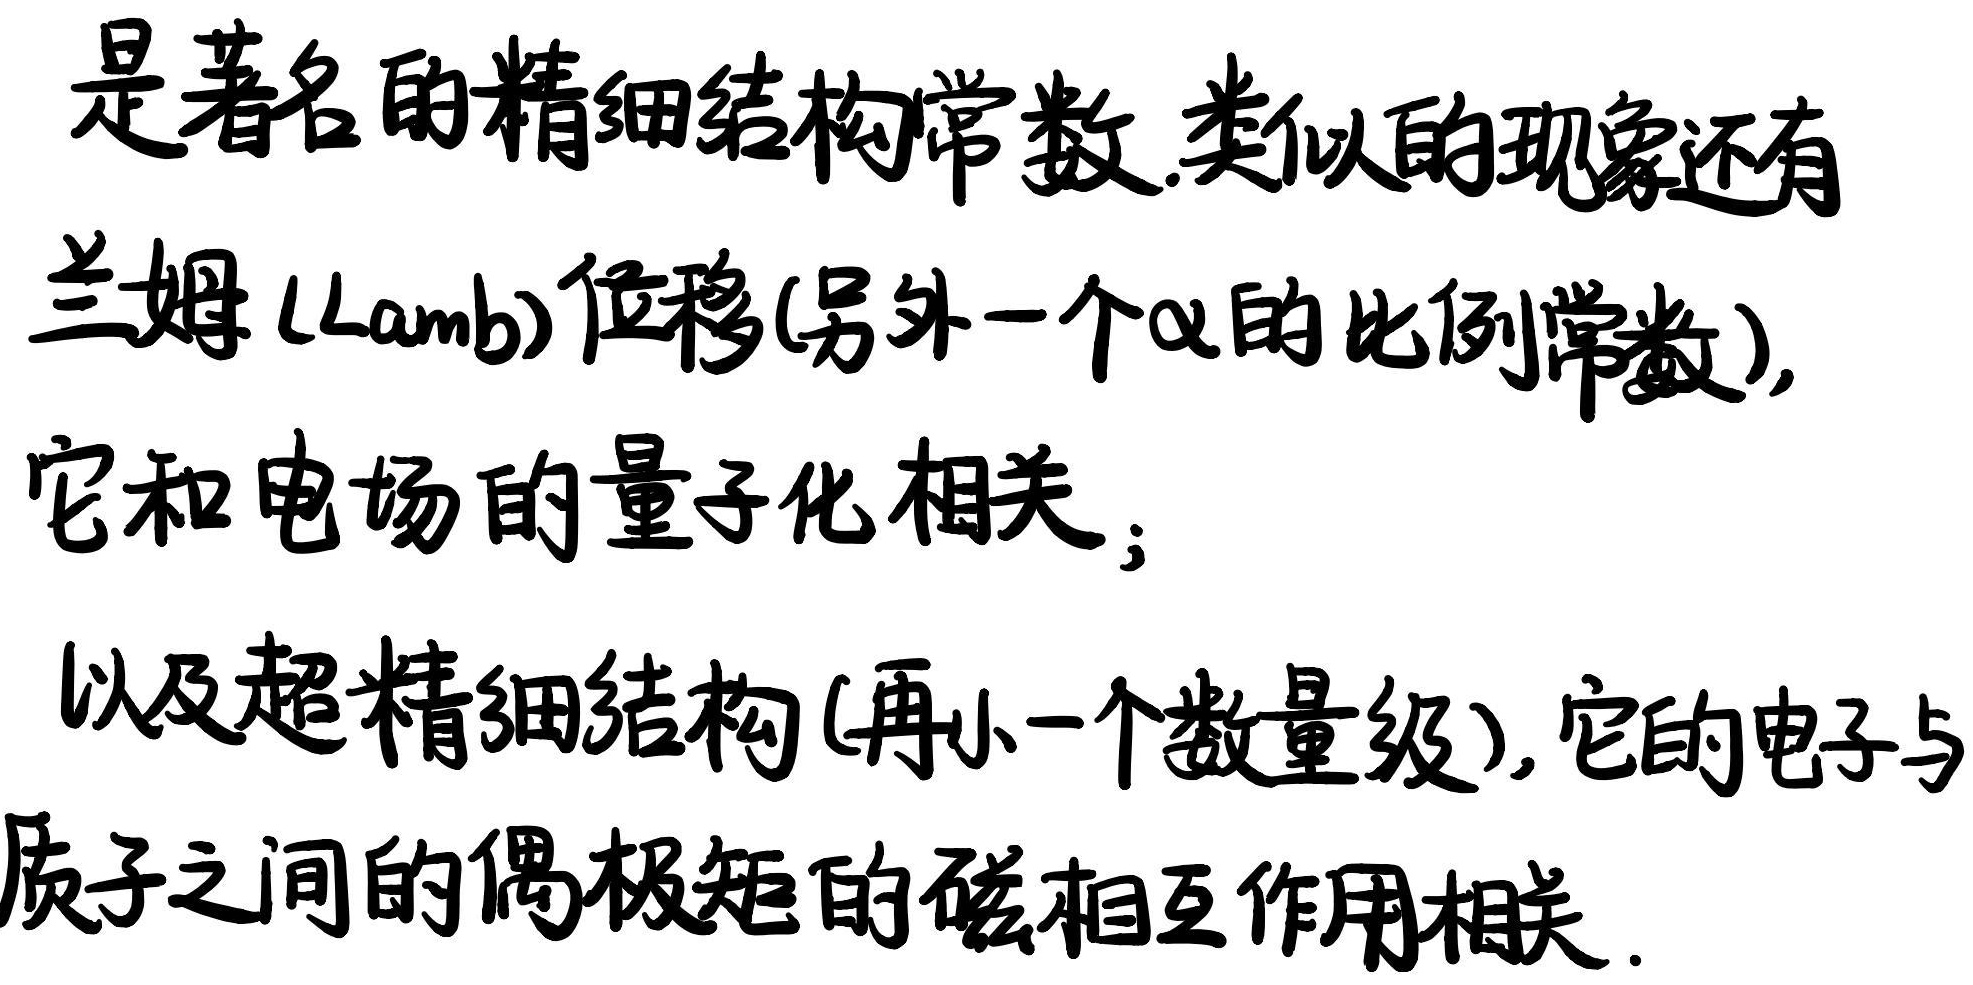
是著名的精细结构常数.类似的现象还有
兰姆 (Lamb)位移(另外一个$\alpha$的比例常数),
它和电场的量子化相关；
以及超精细结构(再小一个数量级),它的电子与
质子之间的偶极矩的磁相互作用相关.